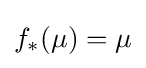
f_{*}(\mu )=\mu